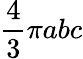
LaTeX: \frac{4}{3}\pi abc